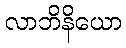
လာဘိနိယော